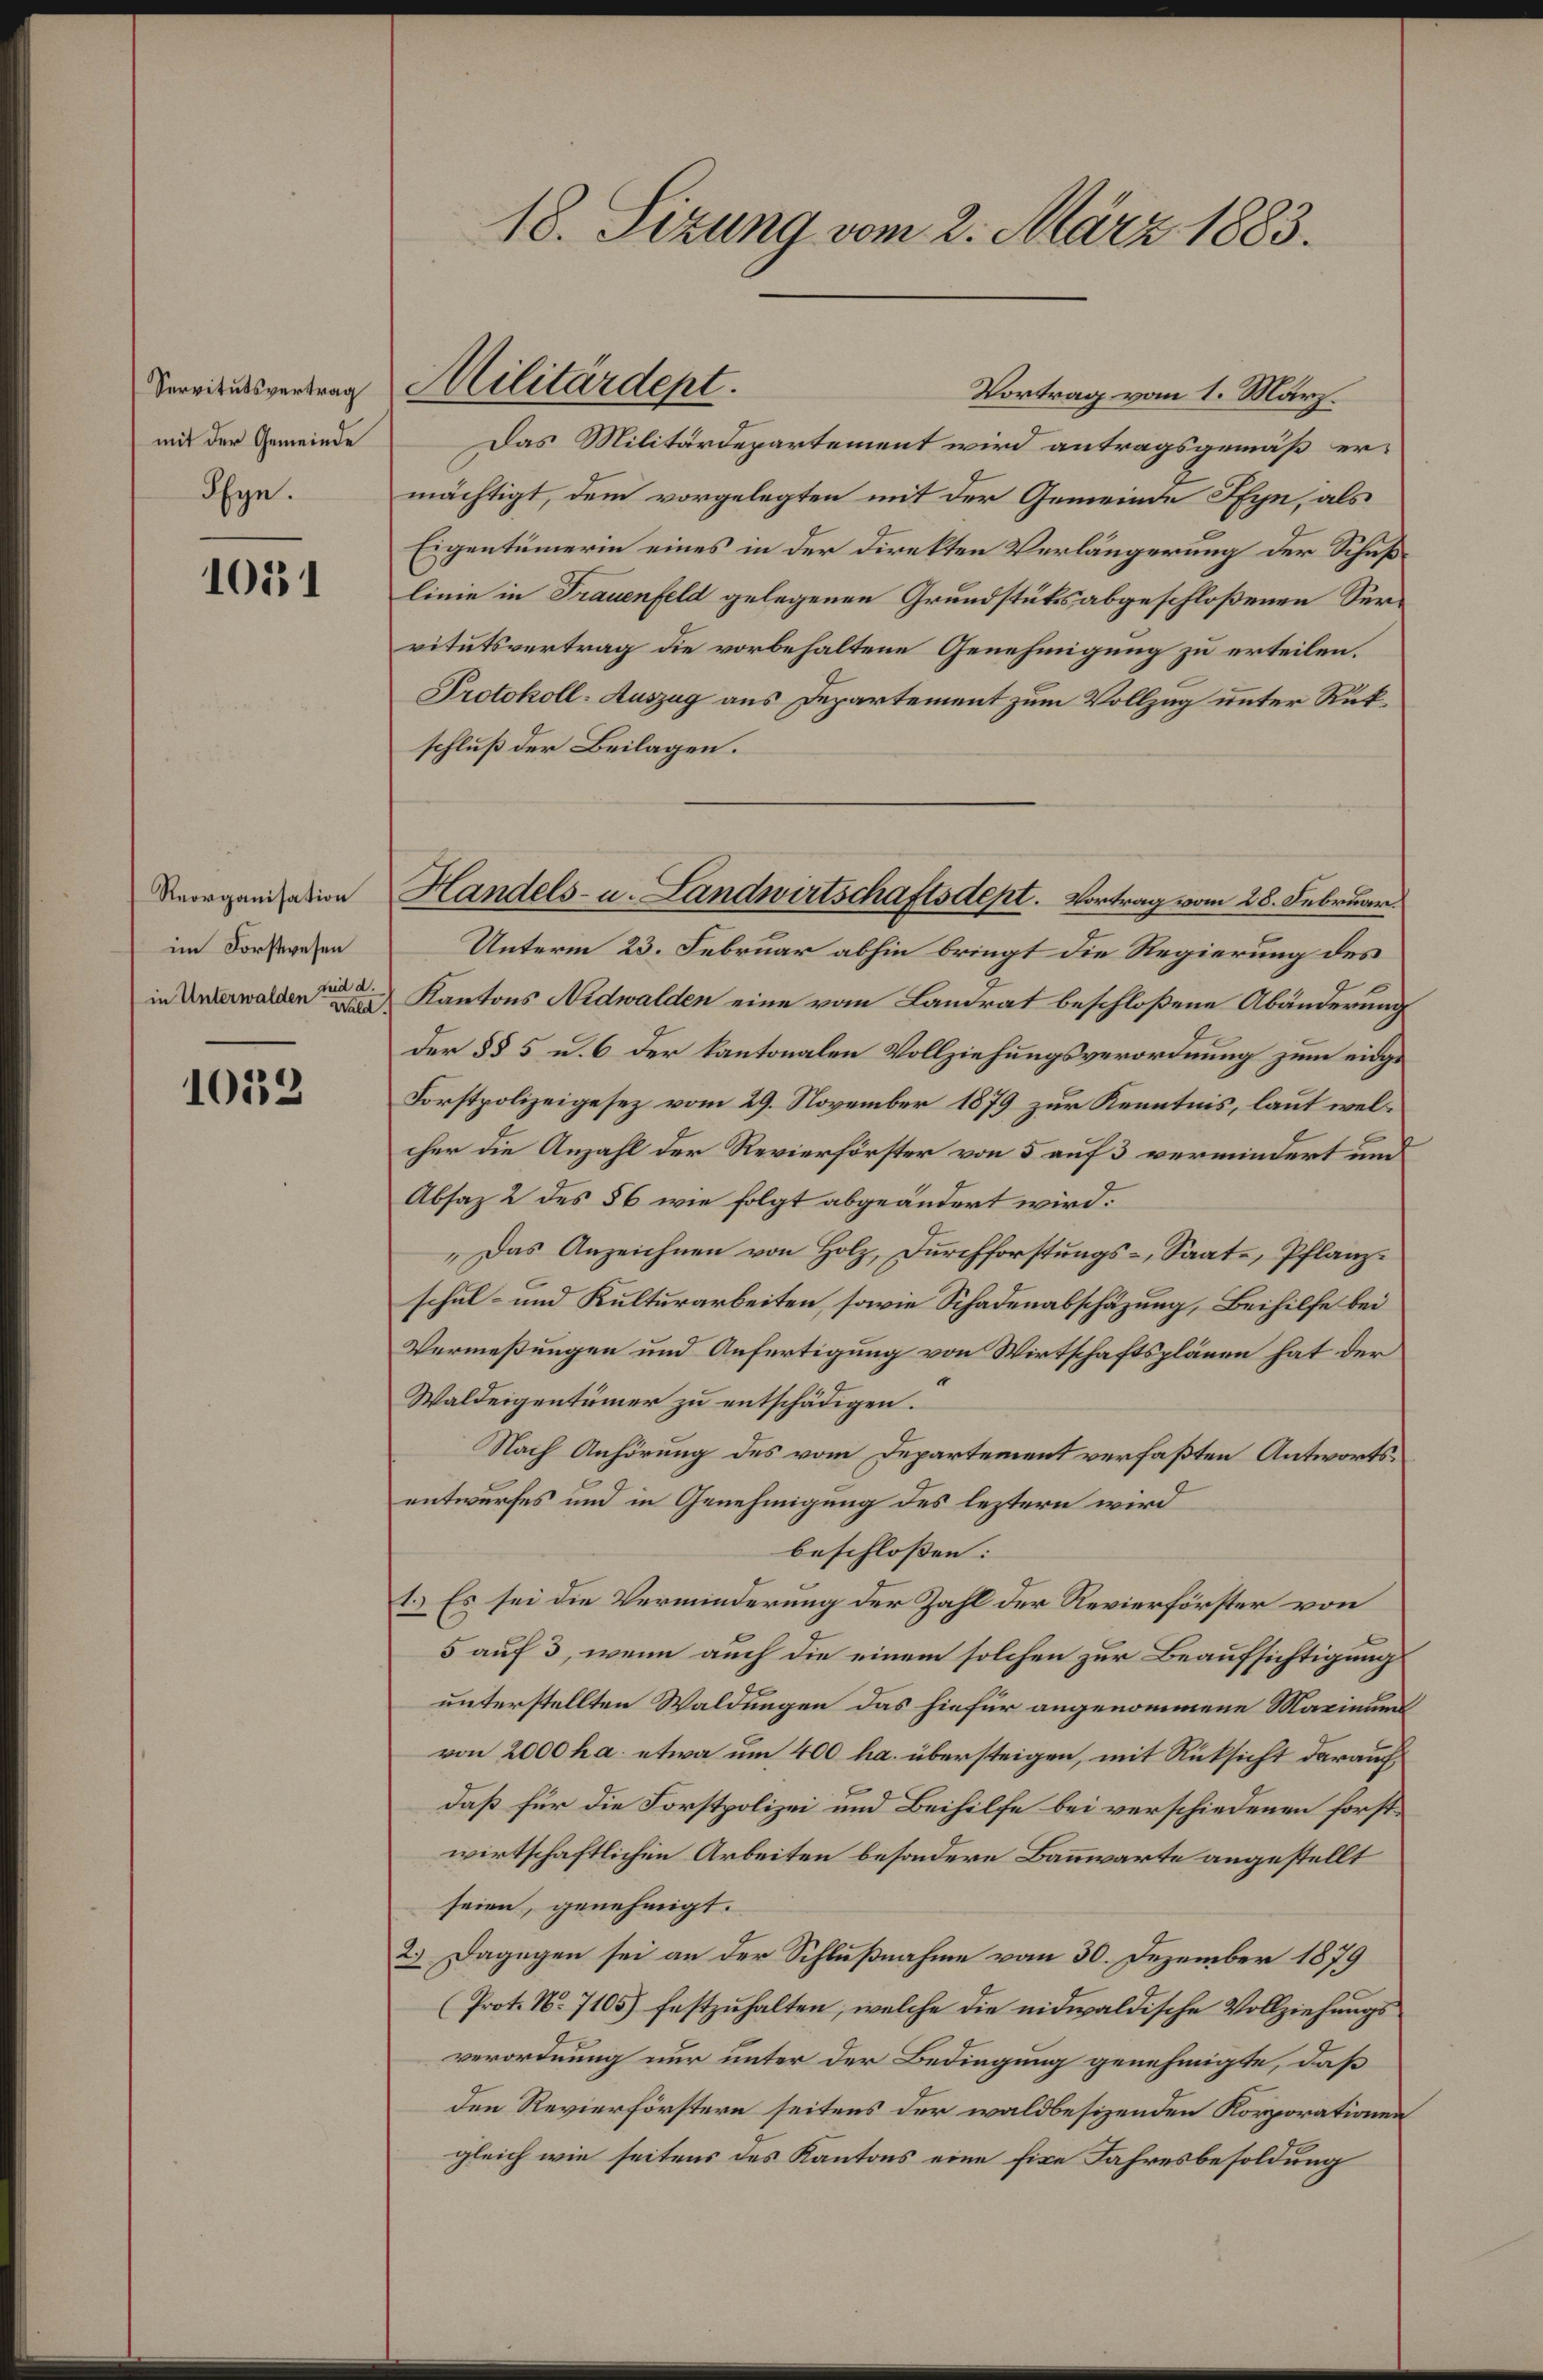
Servitutsvertrag
mit der Gemeinde
Ifyn.

1051

Reorganisation
im Forstwesen
in Unterwalden eine

1032

18. Sizung vom 2. März 1883.

Vortrag vom 1. März.
Das Militärdepartement wird antragsgemäß ermächtigt, dem vorgelegten mit der Gemeinde Ifyn, als
Eigentümerin eines in der Direkten Verlängerung der Schußlinie in Frauenfeld gelegenen Grundstüks abgeschloßenen Vervitutsvertrag die vorbehaltene Genehmigung zu erteilen.
Protokoll-Auszug aus Departement zum Vollzug unter Rükschluß der Beilagen.
Unterm 23. Februar abhin bringt die Regierung des
Kantons Nidwalden eine vom Landrat beschloßene Abänderung
der §§ 5 u. 6 der kantonalen Vollziehungsverordnung zum eidge
Forstpolizeigesez vom 29. November 1879 zur Kenntnis, laut welcher die Anzahl der Revierförster von 5 auf 3 vermindert und
Absaz 2 des § 6 wie folgt abgeändert wird.
„Das Anzeichnen von Holz, Durchforstungs-, Saat-, Pflanzschul- und Kulturarbeiten, sowie Schadenabschäzung, Beihilfe bei
Vermeßungen und Anfertigung von Wirtschaftsplänen hat der
Waldeigentümer zu entschädigen.
Nach Anhörung des vom Departement verfaßten Antwortsentwurfes und in Genehmigung des leztern wird
beschlossen: |
1. Es sei die Verminderung der Zahl der Revierförster von
5 auf 3, wenn auch die einem solchen zur Beaufsichtigungs
unterstellten Waldungen das hiefür angenommene Marinums
von 2000 ha. etwa um 400 ha. übersteigen, mit Rüksicht darauf
daß für die Forstpolizei und Beihilfe bei verschiedenen forstwirtschaftlichen Arbeiten besondere Bannwarte angestellt
seien, genehmigt.
2.) Dagegen sei an der Schlußnahme vom 30. Dezember 1879
(Prot. N. 7105) festzŭhalten, welche die nidwaldische Vollziehŭngs-
verordnung nur unter der Bedingung genehmigte, daß
den Revierförstern seitens der waldbesizenden Korporationen
gleich wie seitens des Kantons eine fixe Jahresbesoldung

Militärdept.

Handels- u. Landwirtschaftsdept. Vortrag vom 28. Februar.